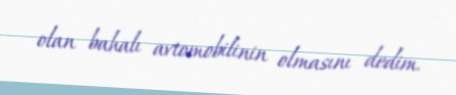
olan bahalı avtomobilinin olmasını dedim.